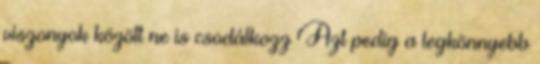
viszonyok között ne is csodálkozz Azt pedig a legkönnyebb